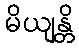
မိယျန္တိ